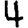
Digit: 4